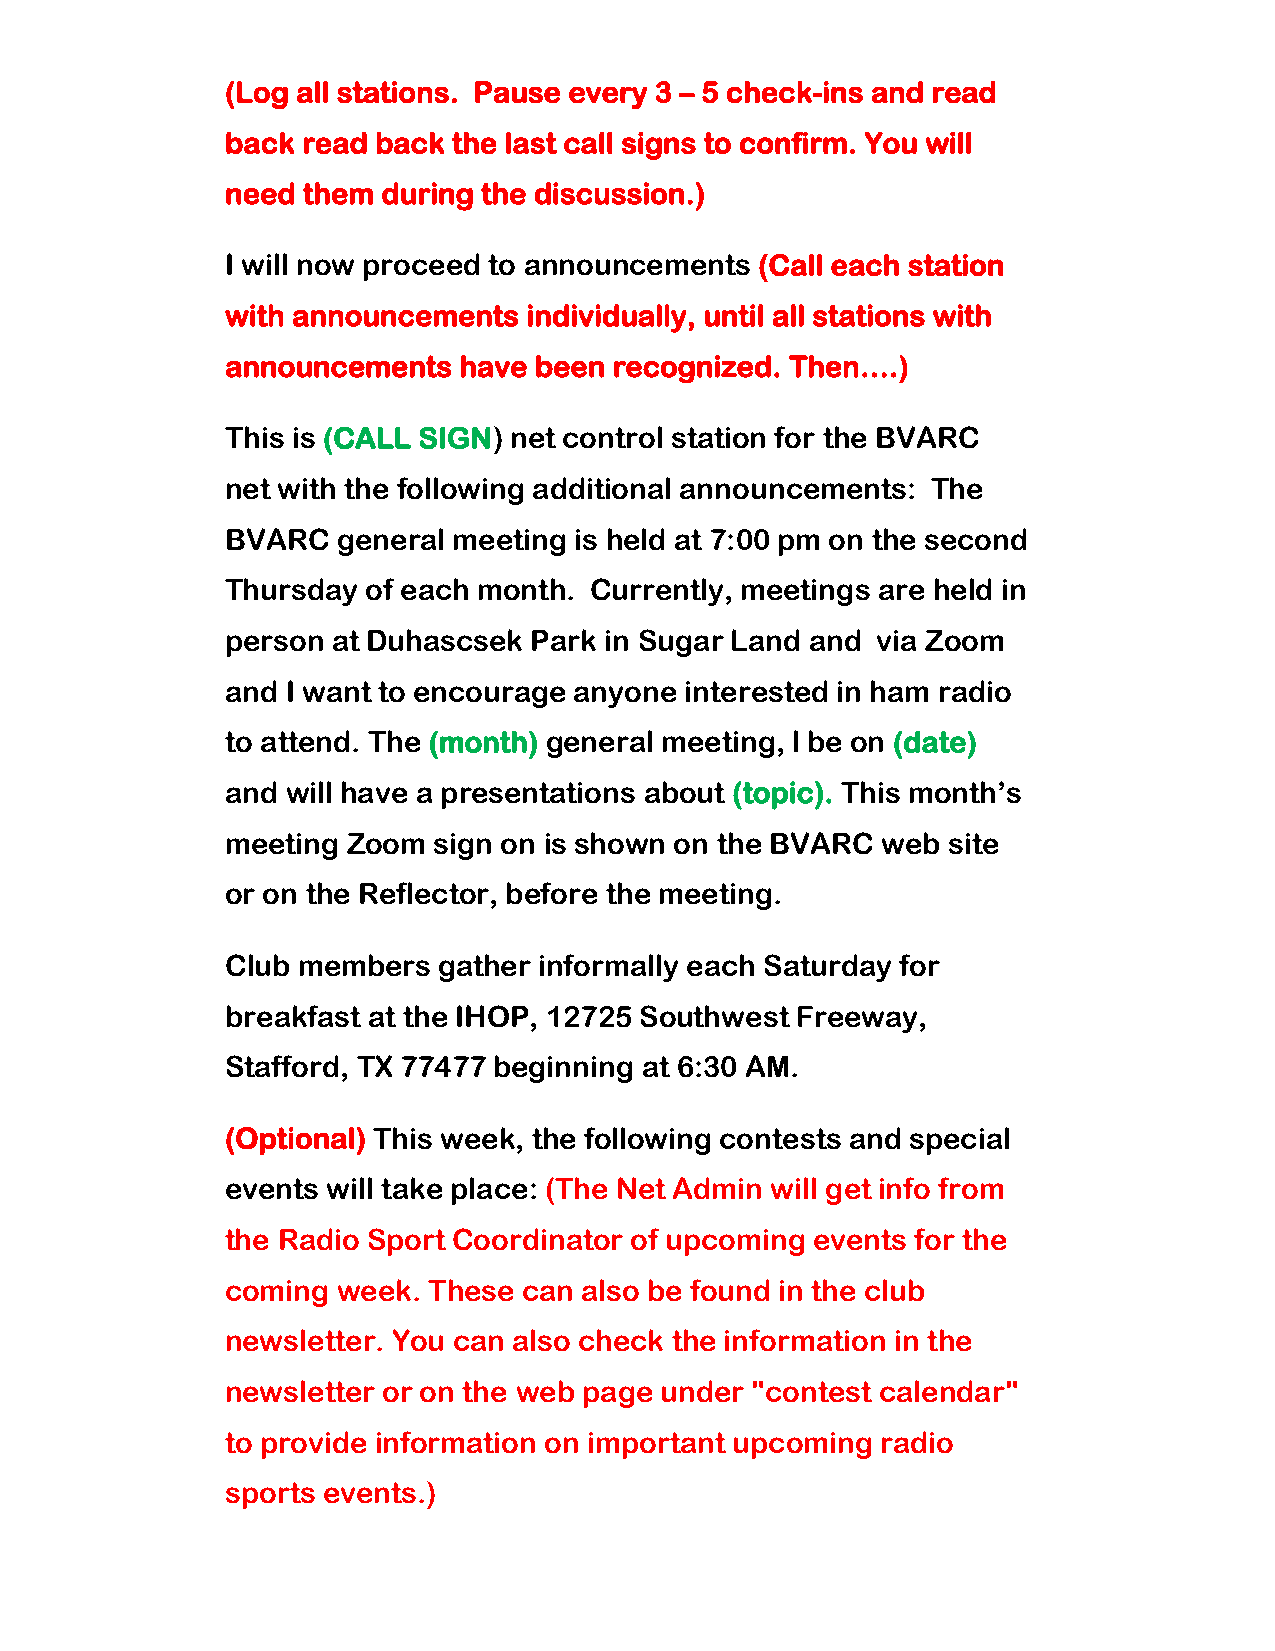
(Log all stations. Pause every 3 – 5 check-ins and read
 back read back the last call signs to confirm. You will
 need them during the discussion.)
 I will now proceed to announcements (Call each station
 with announcements  individually, until all stations with
 announcements  have been  recognized. Then….)
 This is (CALL SIGN) net control station for the BVARC
 net with the following additional announcements: The
 BVARC  general meeting is held at 7:00 pm on the second
 Thursday of each month. Currently, meetings are held in
 person at Duhascsek Park in Sugar Land and via Zoom
 and I want to encourage anyone interested in ham radio
 to attend. The (month) general meeting, l be on (date)
 and will have a presentations about (topic). This month’s
 meeting Zoom  sign on is shown on the BVARC web site
 or on the Reflector, before the meeting.
 Club members  gather informally each Saturday for
 breakfast at the IHOP, 12725 Southwest Freeway,
 Stafford, TX 77477 beginning at 6:30 AM.
 (Optional) This week, the following contests and special
 events will take place: (The Net Admin will get info from
 the Radio Sport Coordinator of upcoming events for the
 coming week. These  can also be found in the club
 newsletter. You can also check the information in the
 newsletter or on the web page under "contest calendar"
 to provide information on important upcoming radio
 sports events.)